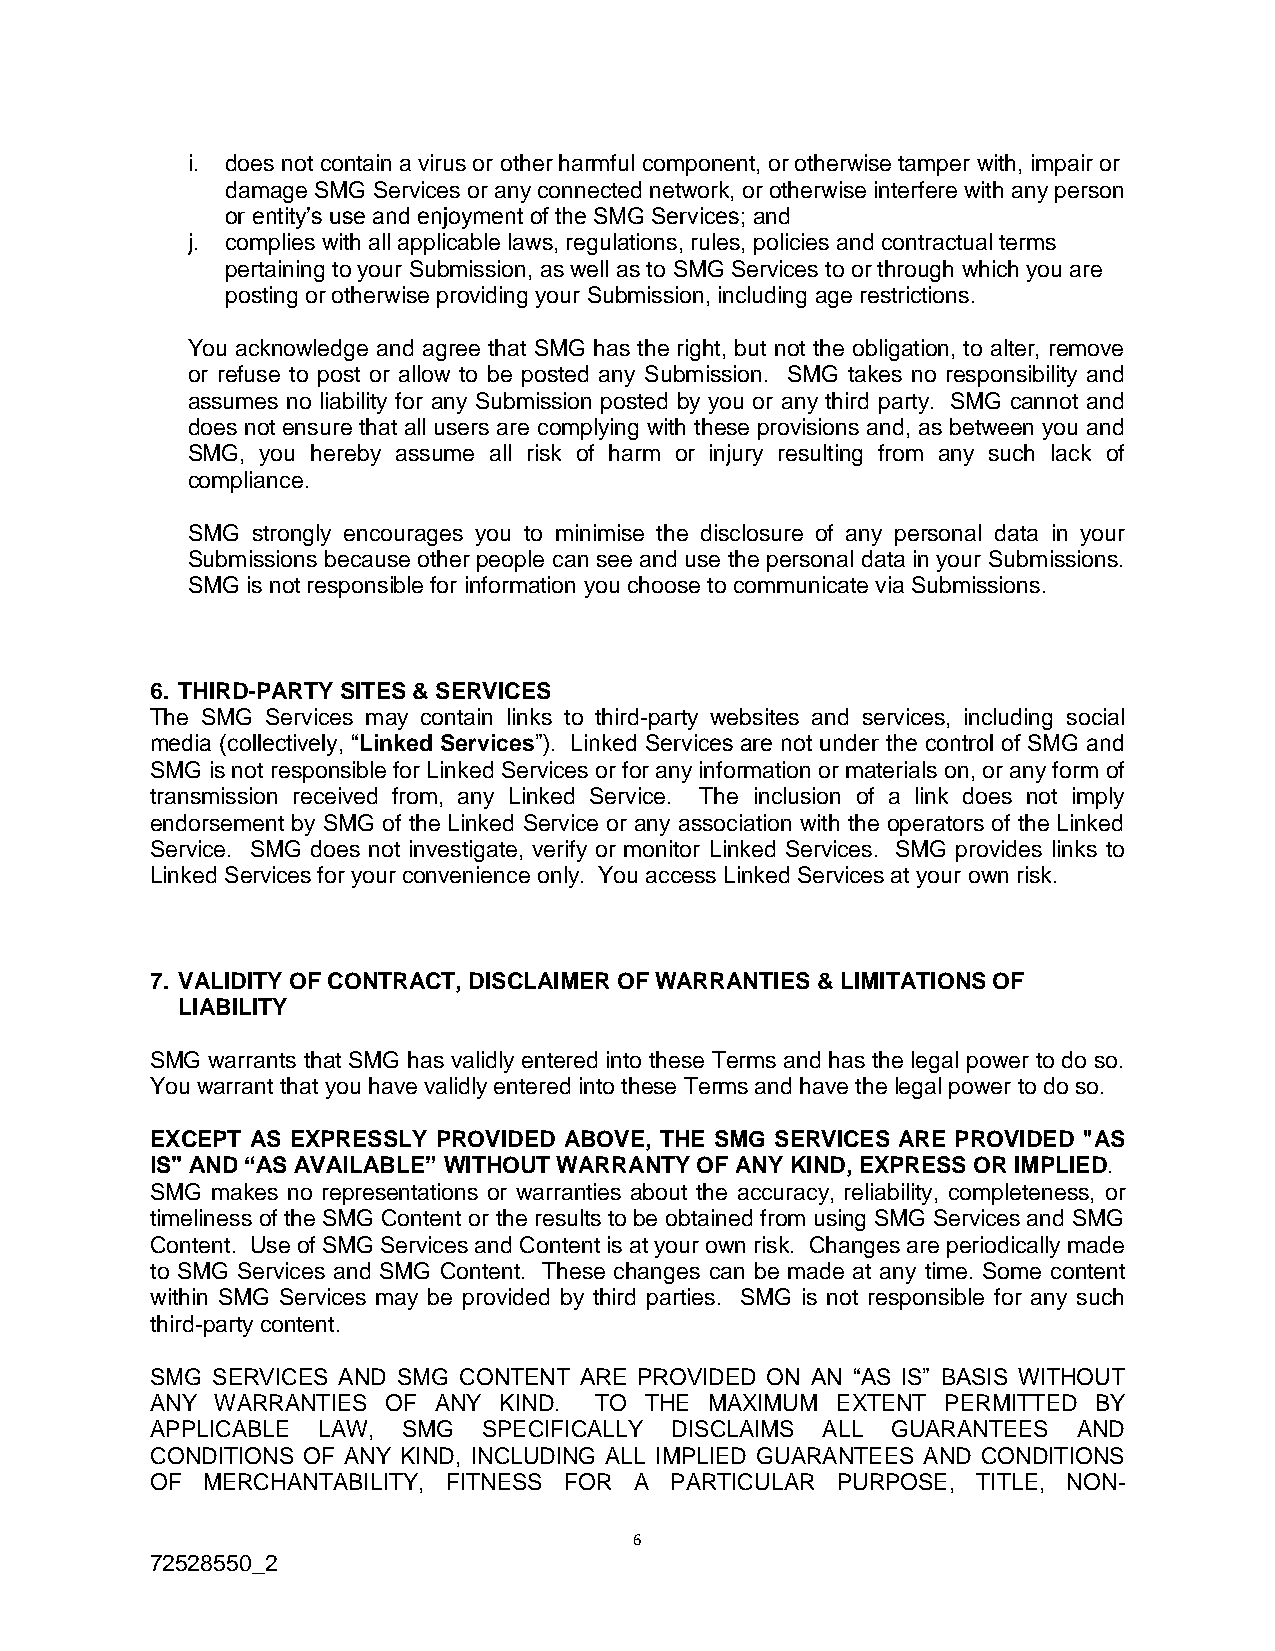
i. does not contain a virus or other harmful component, or otherwise tamper with, impair or
 damage SMG Services or any connected network, or otherwise interfere with any person
 or entity’s use and enjoyment of the SMG Services; and
 j. complies with all applicable laws, regulations, rules, policies and contractual terms
 pertaining to your Submission, as well as to SMG Services to or through which you are
 posting or otherwise providing your Submission, including age restrictions.
 You acknowledge and agree that SMG has the right, but not the obligation, to alter, remove
 or refuse to post or allow to be posted any Submission. SMG takes no responsibility and
 assumes no liability for any Submission posted by you or any third party. SMG cannot and
 does not ensure that all users are complying with these provisions and, as between you and
 SMG, you hereby assume all risk of harm or injury resulting from any such lack of
 compliance.
 SMG  strongly encourages you to minimise the disclosure of any personal data in your
 Submissions because other people can see and use the personal data in your Submissions.
 SMG is not responsible for information you choose to communicate via Submissions.
 6. THIRD-PARTY SITES & SERVICES
 The SMG Services may contain links to third-party websites and services, including social
 media (collectively, “Linked Services”). Linked Services are not under the control of SMG and
 SMG is not responsible for Linked Services or for any information or materials on, or any form of
 transmission received from, any Linked Service. The inclusion of a link does not imply
 endorsement by SMG of the Linked Service or any association with the operators of the Linked
 Service. SMG does not investigate, verify or monitor Linked Services. SMG provides links to
 Linked Services for your convenience only. You access Linked Services at your own risk.
 7. VALIDITY OF CONTRACT, DISCLAIMER OF WARRANTIES & LIMITATIONS OF
 LIABILITY
 SMG warrants that SMG has validly entered into these Terms and has the legal power to do so.
 You warrant that you have validly entered into these Terms and have the legal power to do so.
 EXCEPT AS EXPRESSLY PROVIDED ABOVE, THE SMG SERVICES ARE PROVIDED "AS
 IS" AND “AS AVAILABLE” WITHOUT WARRANTY OF ANY KIND, EXPRESS OR IMPLIED.
 SMG makes no representations or warranties about the accuracy, reliability, completeness, or
 timeliness of the SMG Content or the results to be obtained from using SMG Services and SMG
 Content. Use of SMG Services and Content is at your own risk. Changes are periodically made
 to SMG Services and SMG Content. These changes can be made at any time. Some content
 within SMG Services may be provided by third parties. SMG is not responsible for any such
 third-party content.
 SMG SERVICES AND SMG CONTENT ARE PROVIDED ON AN “AS IS” BASIS WITHOUT
 ANY WARRANTIES  OF ANY KIND. TO  THE MAXIMUM EXTENT  PERMITTED BY
 APPLICABLE LAW,  SMG  SPECIFICALLY DISCLAIMS ALL GUARANTEES  AND
 CONDITIONS OF ANY KIND, INCLUDING ALL IMPLIED GUARANTEES AND CONDITIONS
 OF MERCHANTABILITY, FITNESS FOR A PARTICULAR PURPOSE,  TITLE, NON-
 6
 72528550_2